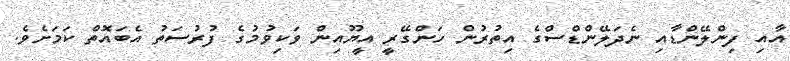
އާއި ފިންލޭންޑާއި ނެދަލޭންޑްސްގެ އިތުރުން ހަންގޭރީ އީޔޫއިން ވަކިވުމުގެ ފުރުސަތު އެބައޮތް ކަމަށެވެ.